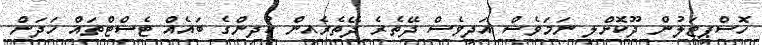
ހޮސްޕިޓަލުން ދޫކޮށްލި ނަމަވެސް އަދިވެސް ދޭތެރެ ދޭތެރެއިން ކުދިންގެ ބައެއް ޓެސްޓްތައް ހަދަން